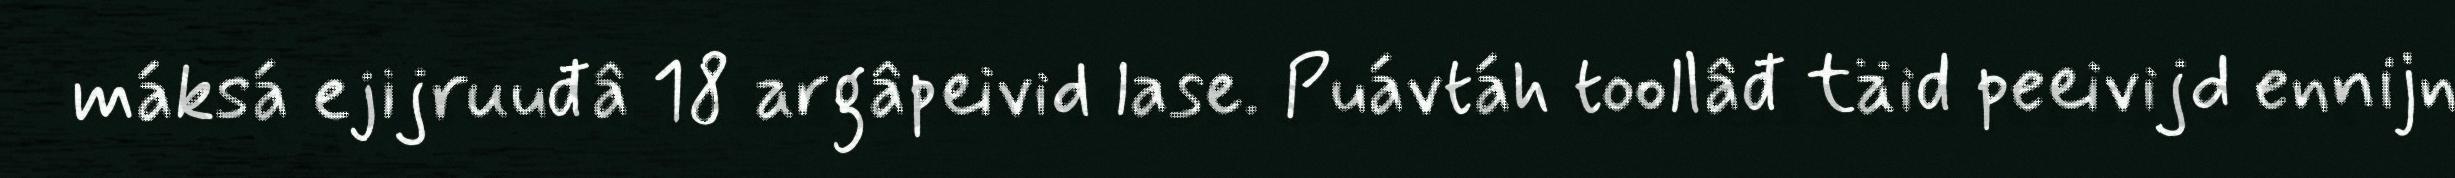
máksá ejijruuđâ 18 argâpeivid lase. Puávtáh toollâđ täid peeivijd ennijn